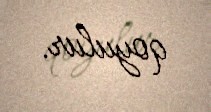
qoyulur.